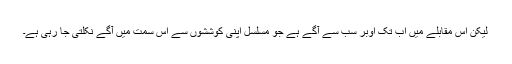
لیکن اس مقابلے میں اب تک اوبر سب سے آگے ہے جو مسلسل اپنی کوششوں سے اس سمت میں آگے نکلتی جا رہی ہے۔